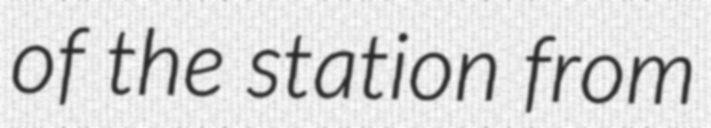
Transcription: of the station from